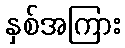
နှစ်အကြား